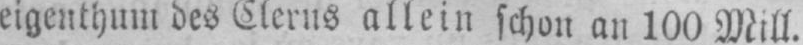
eigenthum des Clerus allein schon an 100 Mill.